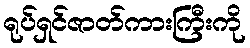
ရုပ်ရှင်ဇာတ်ကားကြီးကို